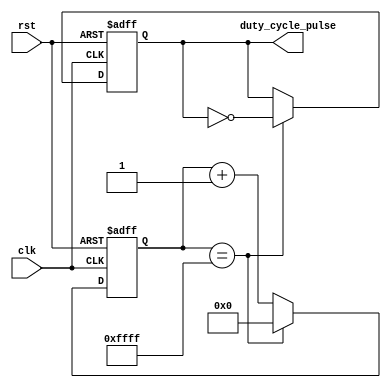
module DutyCyclePulseGenerator (
    input wire clk,
    input wire rst,
    output reg duty_cycle_pulse
);

reg [15:0] counter;
reg [7:0] duty_cycle;

always @(posedge clk or posedge rst) begin
    if (rst) begin
        counter <= 16'h0000;
        duty_cycle <= 8'h00;
        duty_cycle_pulse <= 1'b0;
    end else begin
        if (counter == 16'hFFFF) begin
            counter <= 16'h0000;
            duty_cycle_pulse <= ~duty_cycle_pulse;
        end else begin
            counter <= counter + 1;
        end
    end
end

always @(posedge clk or posedge rst) begin
    if (rst) begin
        duty_cycle <= 8'h00;
    end else begin
        if (duty_cycle == 8'hFF) begin
            duty_cycle <= 8'h00;
        end else begin
            duty_cycle <= duty_cycle + 1;
        end
    end
end

endmodule